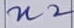
Text: n2